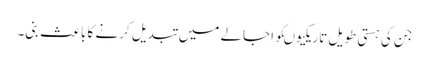
جن کی ہستی طویل تاریکیوںکو اجالے میں تبدیل کرنے کا باعث بنی۔